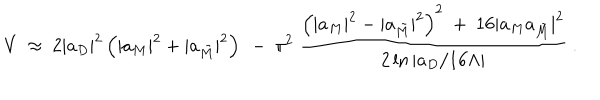
V \ \approx \ 2 | a _ { D } | ^ { 2 } \left( | a _ { M } | ^ { 2 } + | a _ { \tilde { M } } | ^ { 2 } \right) \ - \ \pi ^ { 2 } \ { \frac { \left( | a _ { M } | ^ { 2 } - | a _ { \tilde { M } } | ^ { 2 } \right) ^ { 2 } \ + \ 1 6 | a _ { M } a _ { \tilde { M } } | ^ { 2 } } { 2 \ln { | a _ { D } / 1 6 \Lambda | } } } \ .